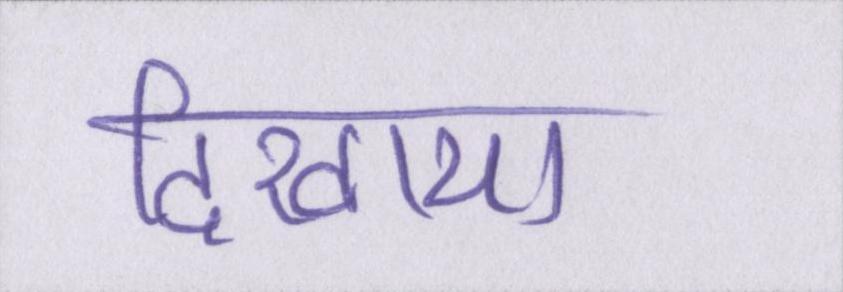
दिखाया